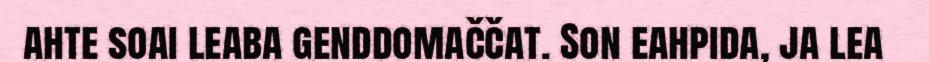
ahte soai leaba genddomaččat. Son eahpida, ja lea